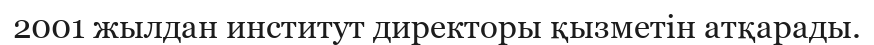
2001 жылдан институт директоры қызметін атқарады.